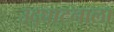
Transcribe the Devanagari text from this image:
उद्घाटनाला